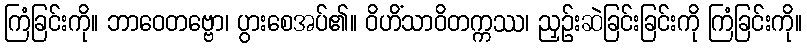
ကြံခြင်းကို။ ဘာဝေတဗ္ဗော၊ ပွားစေအပ်၏။ ဝိဟိံသာဝိတက္ကဿ၊ ညှဉ်းဆဲခြင်းခြင်းကို ကြံခြင်းကို။